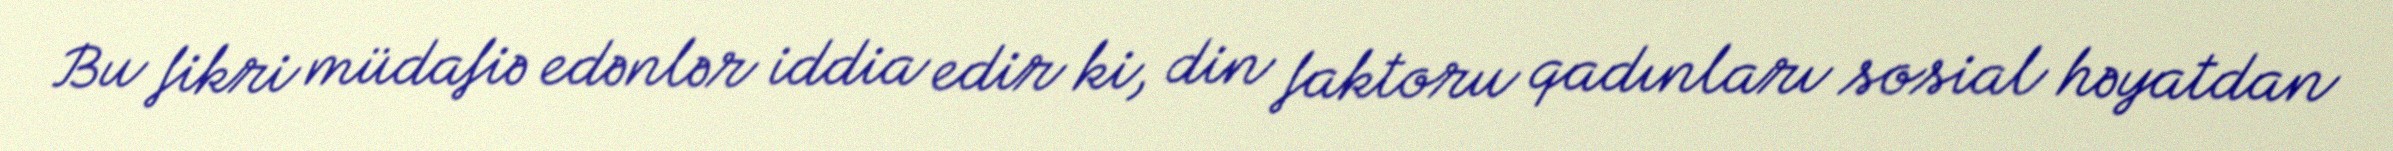
Bu fikri müdafiə edənlər iddia edir ki, din faktoru qadınları sosial həyatdan